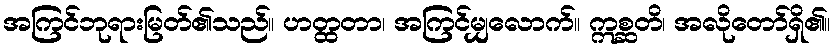
အကြင်ဘုရားမြတ်၏သည်။ ဟတ္ထတာ၊ အကြင်မျှလောက်။ ဣစ္ဆတိ၊ အလိုတော်ရှိ၏။